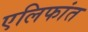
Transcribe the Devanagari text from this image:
एलिफांत